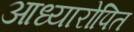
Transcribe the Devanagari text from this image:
आध्यारोपित